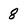
Character: 8